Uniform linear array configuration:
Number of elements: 32
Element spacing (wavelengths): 0.75
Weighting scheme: exponential
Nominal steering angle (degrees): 30
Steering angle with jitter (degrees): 29.014
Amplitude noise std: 0.05
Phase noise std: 0.05

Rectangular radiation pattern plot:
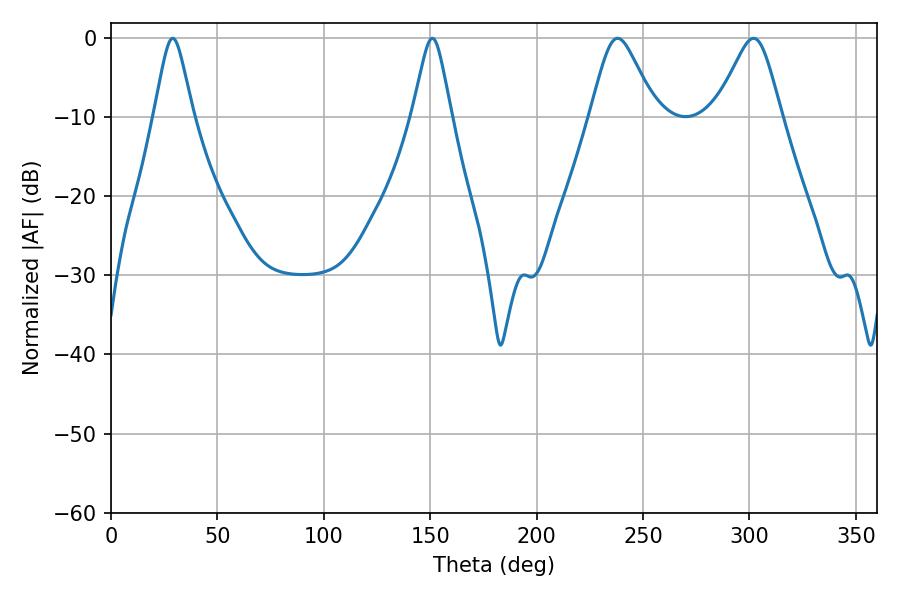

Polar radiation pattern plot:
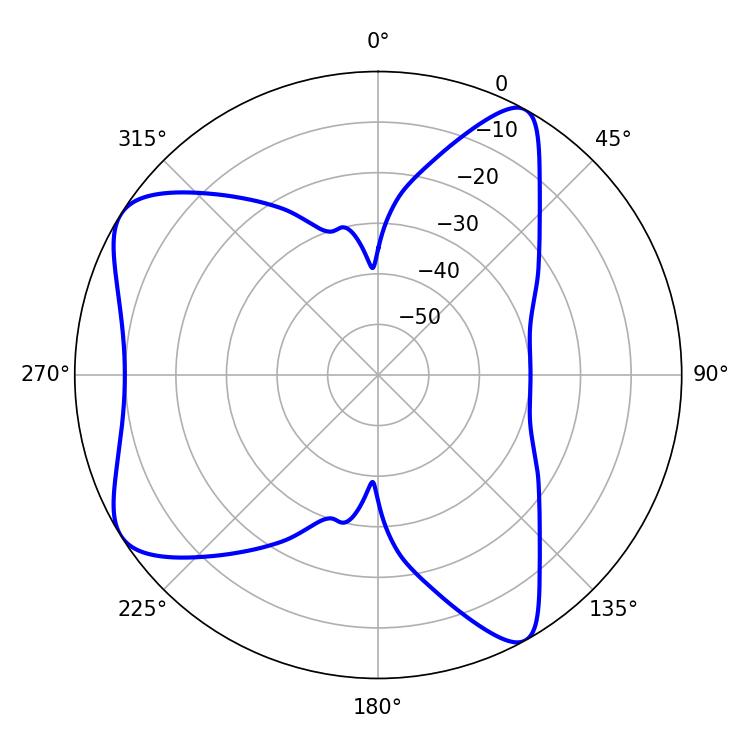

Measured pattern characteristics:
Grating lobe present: TRUE
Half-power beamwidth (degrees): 8.64
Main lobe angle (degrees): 28.98